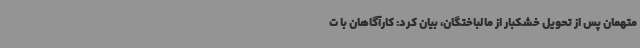
متهمان پس از تحویل خشکبار از مالباختگان، بیان کرد: کارآگاهان با ت